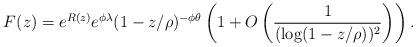
LaTeX: \begin{align*}F(z) = e^{R(z)}e^{\phi \lambda} (1-z/\rho)^{-\phi \theta}\left(1 + O\left(\frac{1}{(\log(1-z/\rho))^2}\right)\right).\end{align*}